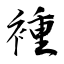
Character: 褈